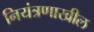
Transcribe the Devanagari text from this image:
नियंत्रणाखील